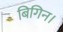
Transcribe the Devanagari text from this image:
बिगिन।